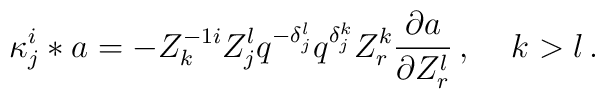
{\kappa}^i_j \ast a = - Z^{-1i}_k Z^l_j q^{-{\delta}^l_j}q^{{\delta}^k_j}Z^k_r  {\partial a \over\partial{Z^l_r}}\,,\quad\,k>l\,.